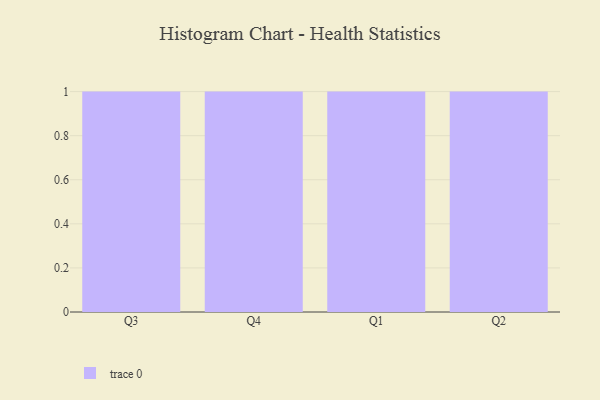
{"axis": {"x": "Quarter", "y": "Bounce Rate (%)"}, "legend": [""], "data": [{"x": "Q3", "y": 54, "type": ""}, {"x": "Q4", "y": 27, "type": ""}, {"x": "Q1", "y": 32, "type": ""}, {"x": "Q2", "y": 26, "type": ""}]}